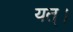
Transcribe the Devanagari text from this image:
यत्।